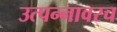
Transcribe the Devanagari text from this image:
उत्पन्नावरच